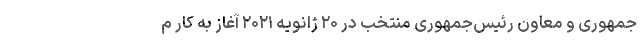
‌جمهوری و معاون رئیس‌جمهوری منتخب در ۲۰ ژانویه ۲۰۲۱ آغاز به کار م